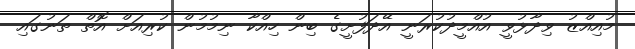
މުއިއްޒު ވިދާޅުވީ އުއްމީދުކުރަނީ އޭދަފުށީގެ ބިން ހިއްކާ ނިމުމުން ކުރިއަށް އޮތް ތަނުގައި